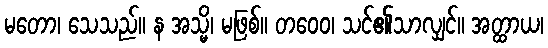
မတော၊ သေသည်။ န အသ္မိ၊ မဖြစ်။ တဝေဝ၊ သင်၏သာလျှင်။ အတ္ထာယ၊